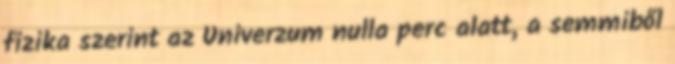
fizika szerint az Univerzum nulla perc alatt, a semmiből